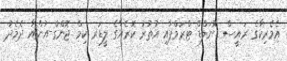
އެމެރިކާގެ ރައީސް ޑޮނަލްޑް ޓްރަމްޕާއި އުތުރު ކޮރެއާގެ ލީޑަރ ކިމް ޖޮންގް-އުންއާ ދެމެދު